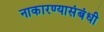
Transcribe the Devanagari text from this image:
नाकारण्यासंबंधी